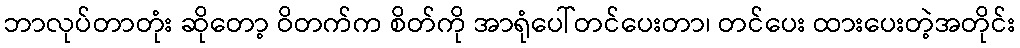
ဘာလုပ်တာတုံး ဆိုတော့ ဝိတက်က စိတ်ကို အာရုံပေါ်တင်ပေးတာ၊ တင်ပေး ထားပေးတဲ့အတိုင်း